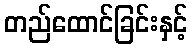
တည်ထောင်ခြင်းနှင့်